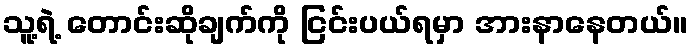
သူ့ရဲ့ တောင်းဆိုချက်ကို ငြင်းပယ်ရမှာ အားနာနေတယ်။